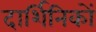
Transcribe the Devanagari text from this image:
दार्शिनिकों